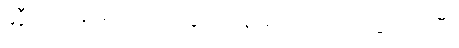
ဆွီလင်အား ဒေါသ ထွက်နေသည်ကို မေ့သွားကြပြီ။